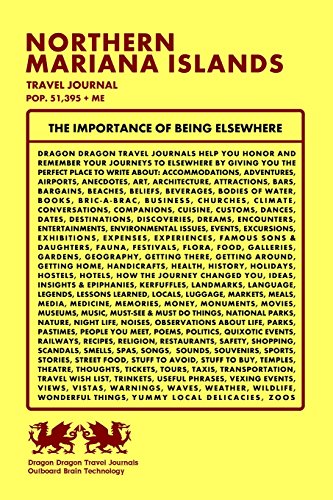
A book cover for Northern Mariana Islands Travel Journal, Pop. 51,395 + Me; Dragon Dragon Travel Journals; Travel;